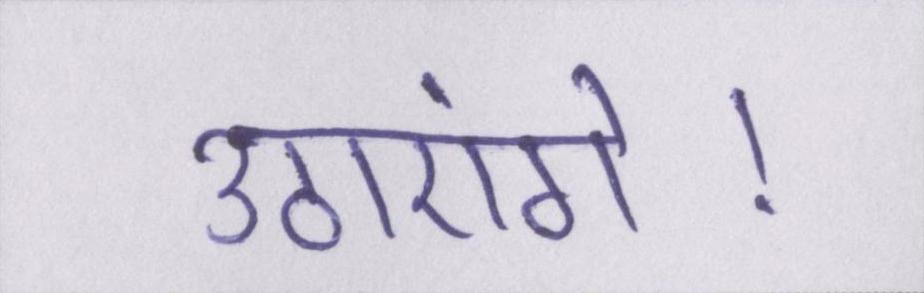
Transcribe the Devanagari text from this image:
उठाएंगे।